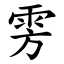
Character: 雱